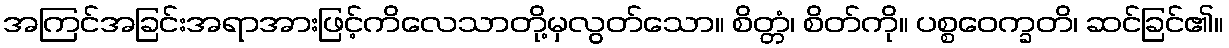
အကြင်အခြင်းအရာအားဖြင့်ကိလေသာတို့မှလွတ်သော။ စိတ္တံ၊ စိတ်ကို။ ပစ္စဝေက္ခတိ၊ ဆင်ခြင်၏။